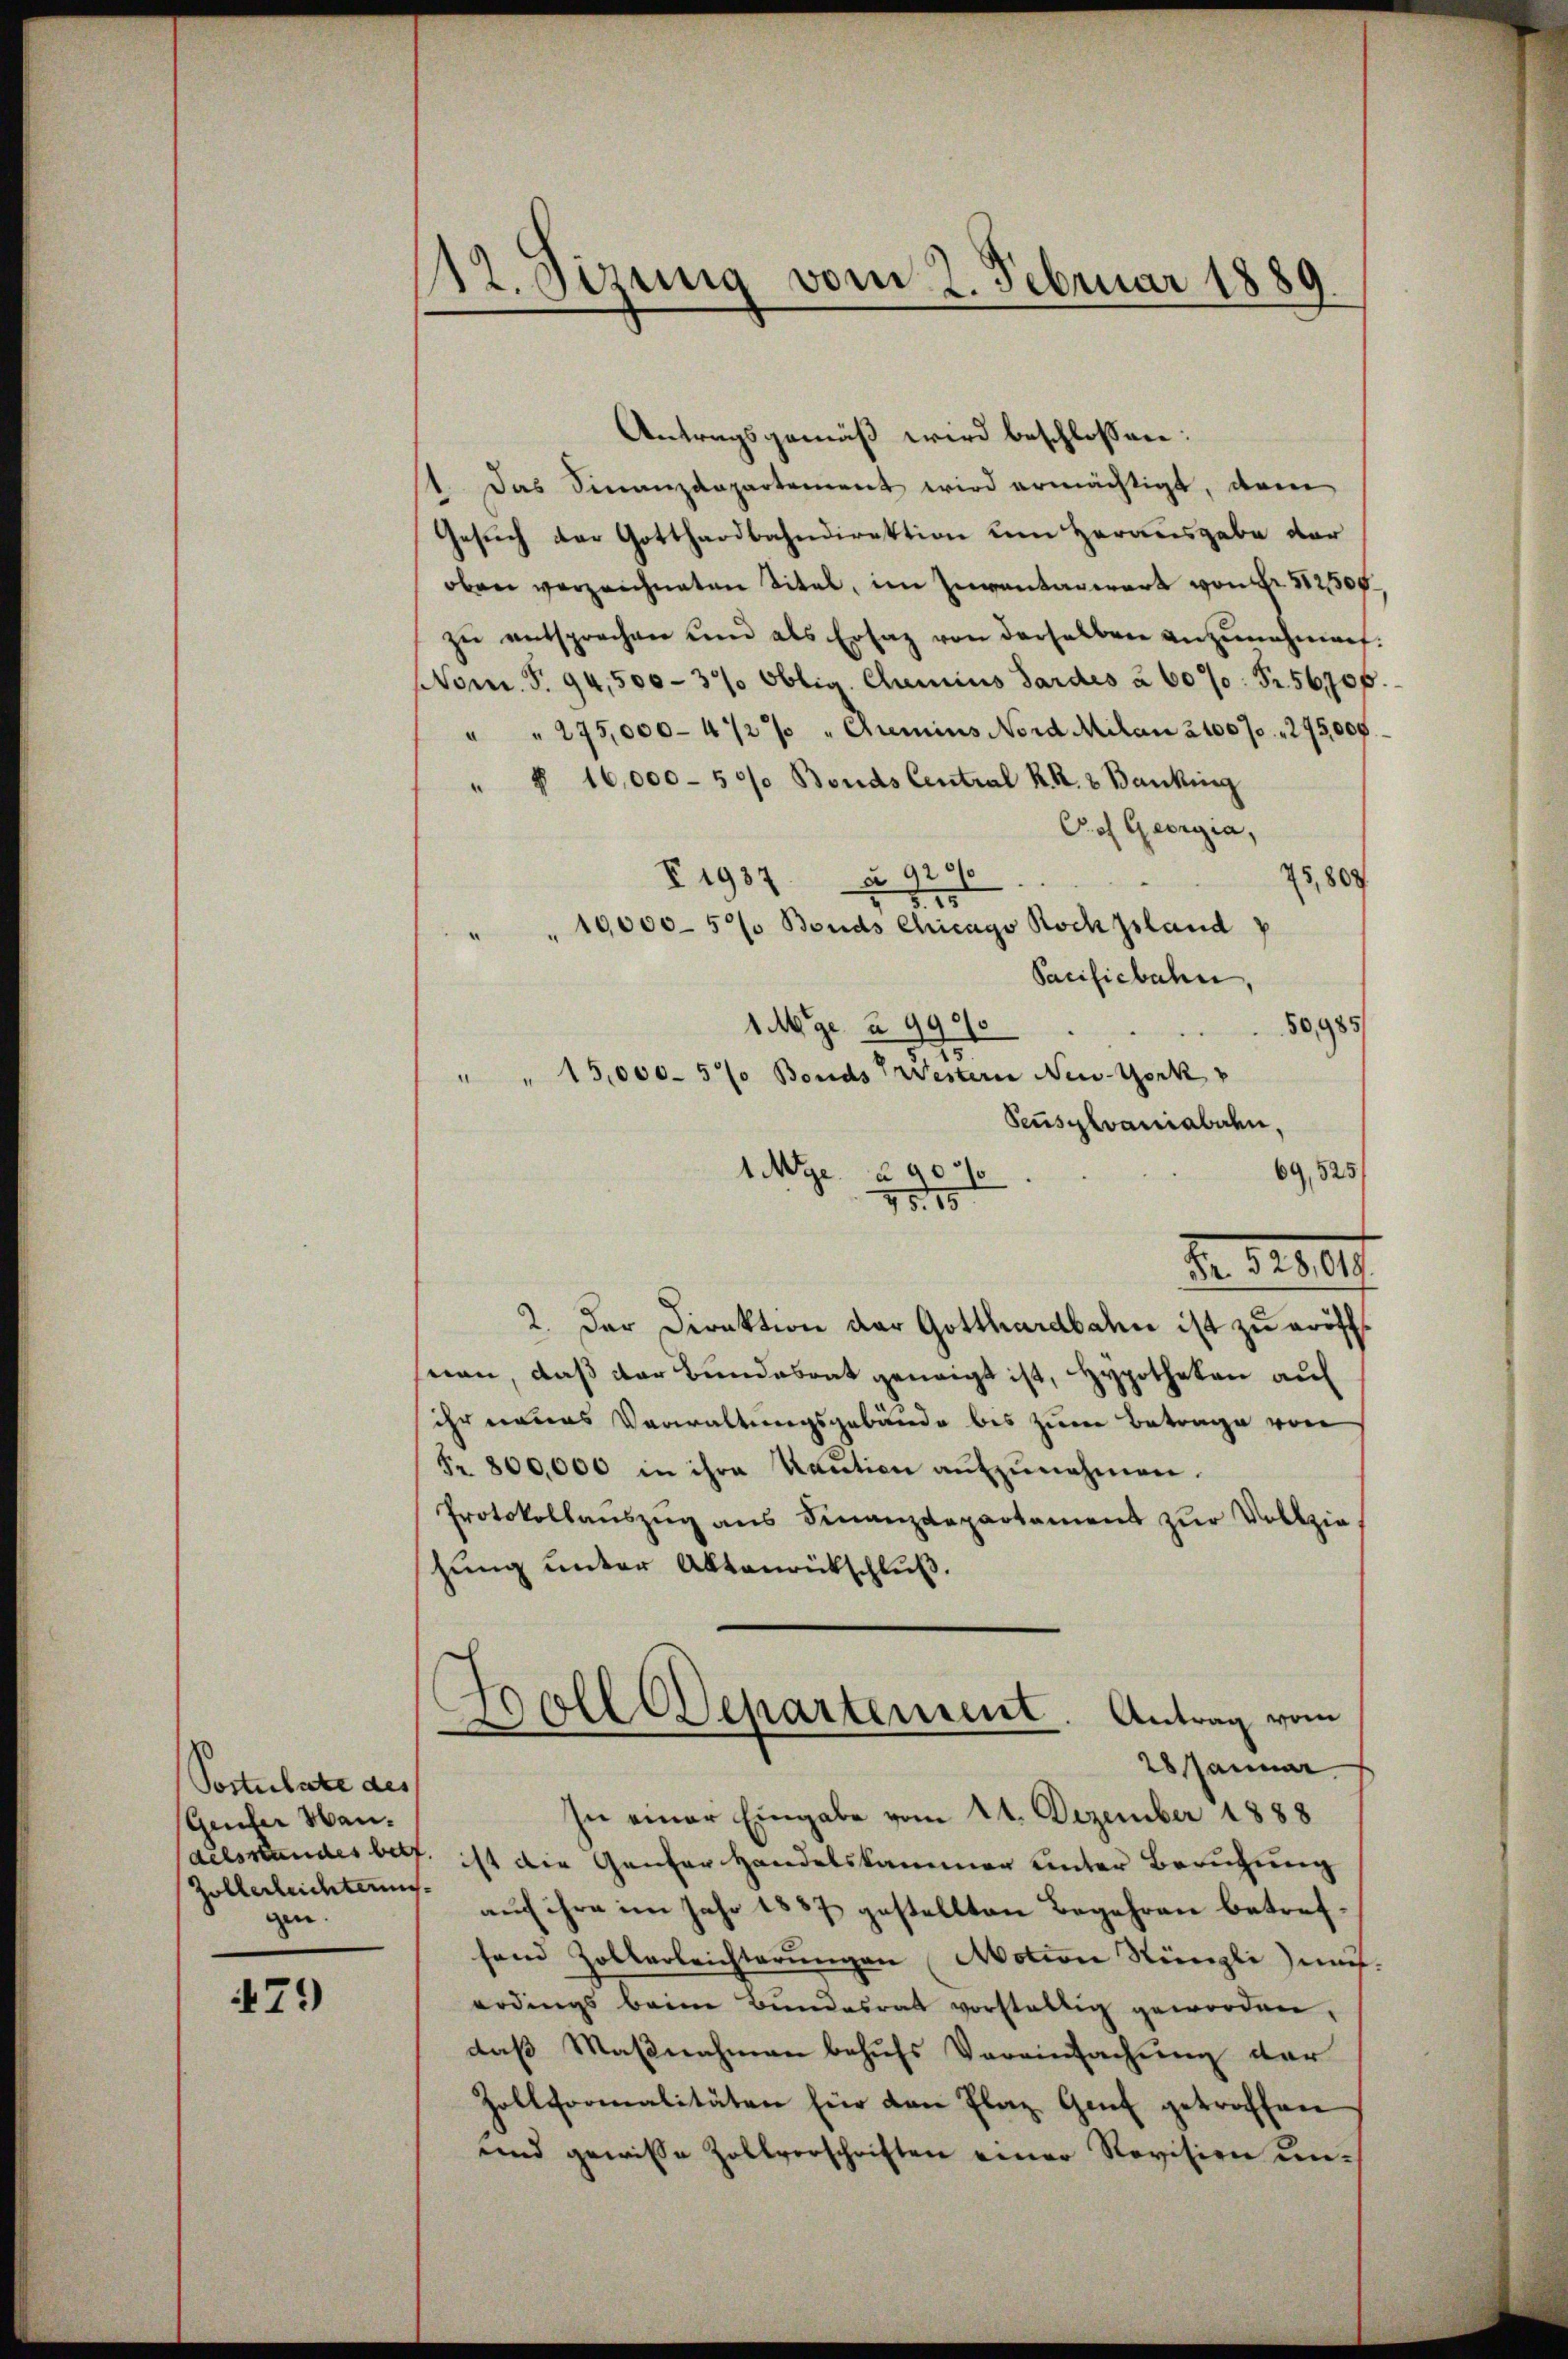
Postulate des
Geicher Han
Zollerleichterung
gen.

79

112. Sizung vom 2. Februar 1889

Antragsgemäß wird beschlossen:
1. Das Finanzdepartement wird ermächtigt, den
Gesuch der Gotthardbahndirektion um Herausgabe der
oben verzeichneten Titel, im Inventariert von Fr. 31200
zŭ entsprechen und als Ersatz von derselben anzŭnahmen.
Nom. S. 94,500-37/ Oblig. Clumins Sardes à 60%: Fr. 5670f
" " 275,000-472% " Chemins Nord Milan 21007. 295,000.
" § 16,000 - 50% Bouds Central R. R. v. Banking
Pof Georgia,
25,809
V 1937 § 929
5.25
" " 10,000-5% Bouds Chicago Roch pland v
Sacificbahn,
50,985
1Mge à 994
" " 15,000 - 5% Bonds Gestern New-York
Sensylvaniabaden,
69,525/
1Mge à 907
95. 15
2. Der Direktion der Gotthardbahn ist zu eröffnan, daß der Bundesont geneigt ist, Hypotheken auf
ihr neues Verwaltungsgebäude bis zum Betrage von
Fr. 800,000 in ihre Kaŭtion aŭfzŭnehmen.
Protokollauszug aus Finanzdepartament zur Vollzie
hung unter Aktenrückschluß.
Boll Departement. Antrag vom
—
28 Januar
In einer Eingabe vom 24. Dezember 1888
delsstandes betr. ist die Genfer Handelskammer unter Berufung
auch ihre im Jahr 1887 gestellten Begehren betreffand Zollerleichterŭngen Motion Nüngli nah
erdings beim Bundesrat vorstellig geworden,
daß Maβnahmen behufs Vereinfachung der
Zollformalitäten für den Plaz Genf getroffen
und gewisse Zollverschriften einer Revision un¬

Nr. 12000